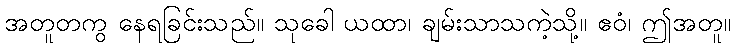
အတူတကွ နေရခြင်းသည်။ သုခေါ ယထာ၊ ချမ်းသာသကဲ့သို့။ ဧဝံ၊ ဤအတူ။